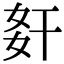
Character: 姧